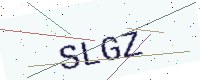
Text: SLGZ